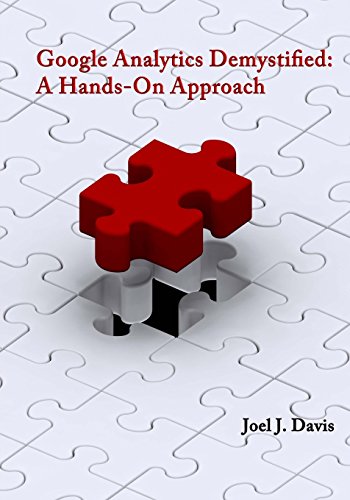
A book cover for Google Analytics Demystified: A Hands-On Approach; Joel J Davis; Computers & Technology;